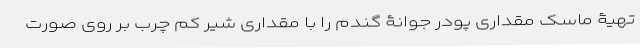
تهیۀ ماسک مقداری پودر جوانۀ گندم را با مقداری شیر کم چرب بر روی صورت